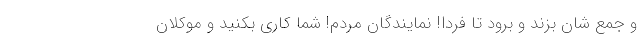
و جمع شان بزند و برود تا فردا! نمایندگان مردم! شما کاری بکنید و موکلان